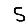
Digit: 5